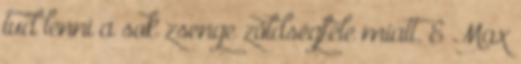
tud lenni a sok zsenge zöldségféle miatt. É Max